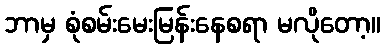
ဘာမှ စုံစမ်းမေးမြန်းနေစရာ မလိုတော့။